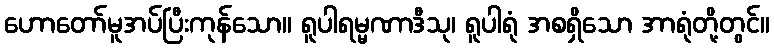
ဟောတော်မူအပ်ပြီးကုန်သော။ ရူပါရမ္မဏာဒီသု၊ ရူပါရုံ အစရှိသော အာရုံတို့တွင်။